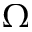
\Omega